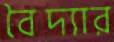
বৈদ্যার